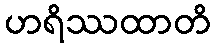
ဟရိဿထာတိ